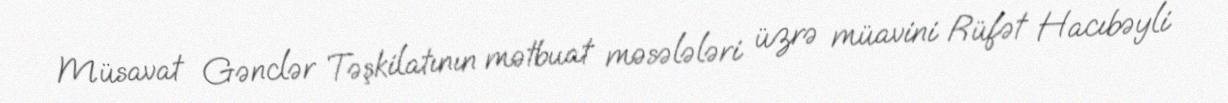
Müsavat Gənclər Təşkilatının mətbuat məsələləri üzrə müavini Rüfət Hacıbəyli